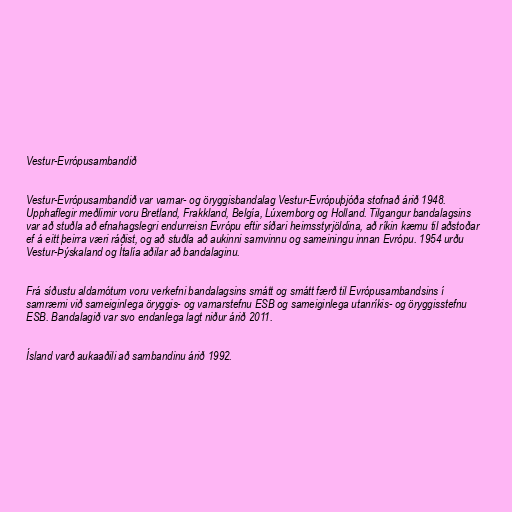
Vestur-Evrópusambandið

Vestur-Evrópusambandið var varnar- og öryggisbandalag Vestur-Evrópuþjóða stofnað árið 1948.
Upphaflegir meðlimir voru Bretland, Frakkland, Belgía, Lúxemborg og Holland. Tilgangur bandalagsins
var að stuðla að efnahagslegri endurreisn Evrópu eftir síðari heimsstyrjöldina, að ríkin kæmu til aðstoðar
ef á eitt þeirra væri ráðist, og að stuðla að aukinni samvinnu og sameiningu innan Evrópu. 1954 urðu
Vestur-Þýskaland og Ítalía aðilar að bandalaginu.

Frá síðustu aldamótum voru verkefni bandalagsins smátt og smátt færð til Evrópusambandsins í
samræmi við sameiginlega öryggis- og varnarstefnu ESB og sameiginlega utanríkis- og öryggisstefnu
ESB. Bandalagið var svo endanlega lagt niður árið 2011.

Ísland varð aukaaðili að sambandinu árið 1992.